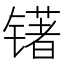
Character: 䦃